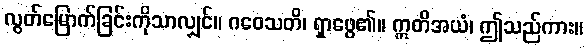
လွတ်မြောက်ခြင်းကိုသာလျှင်။ ဂဝေသတိ၊ ရှာဖွေ၏။ ဣတိအယံ၊ ဤသည်ကား။